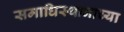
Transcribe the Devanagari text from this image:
समाधिस्थानाच्या